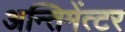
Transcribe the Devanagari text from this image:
अन्तिमेंत्टर